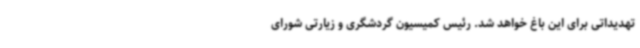
تهدیداتی برای این باغ خواهد شد. رئیس کمیسیون گردشگری و زیارتی شورای